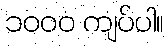
၁၀၀၀ ကျပ်ပါ။